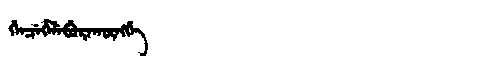
Manchu: ᡤᡝᠨᠴᡝᡥᡝᠯᡝᠪᡠᡵᠠᡴᡡᠩᡤᡝ
Romanization: GENCEHELEBURAKŪNGGE